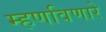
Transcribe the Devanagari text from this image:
म्हणविणारे